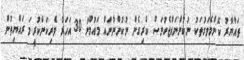
ތައްޔާރު ކޮންމެވަގުތަކު ނުކުންނައްޖެހުނަސް ކެރިގެން ނުކުންނާނައް މައުމޫނު 30 އަހަރު ވެރިކަންކުރީމަ ރައްޔިތުން